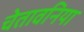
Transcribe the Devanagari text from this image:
चेतावनिया